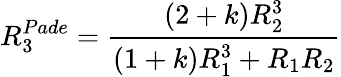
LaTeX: R_{3}^{Pade}=\frac{(2+k)R_{2}^{3}}{(1+k)R_{1}^{3}+R_{1}R_{2}}